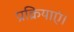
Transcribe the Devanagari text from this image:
प्रक्रियाएं।